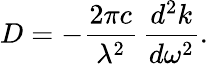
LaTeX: D=-{\frac{2\pi c}{\lambda^{2}}}\, {\frac{d^{2}k}{d\omega^{2}}}.